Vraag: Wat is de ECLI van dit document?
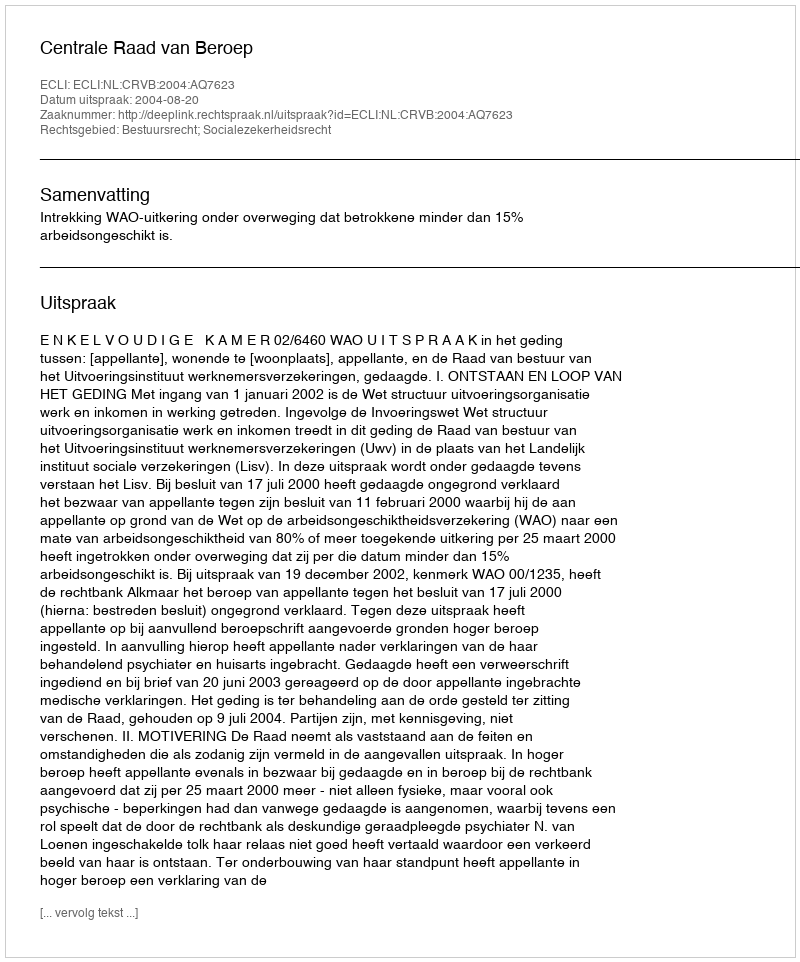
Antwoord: ECLI:NL:CRVB:2004:AQ7623